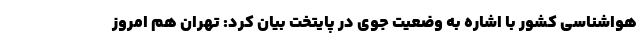
هواشناسی کشور با اشاره به وضعیت جوی در پایتخت بیان کرد: تهران هم امروز